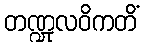
တဏ္ဍုလဝိကတိံ